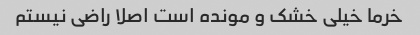
خرما خیلی خشک و مونده است اصلا راضی نیستم